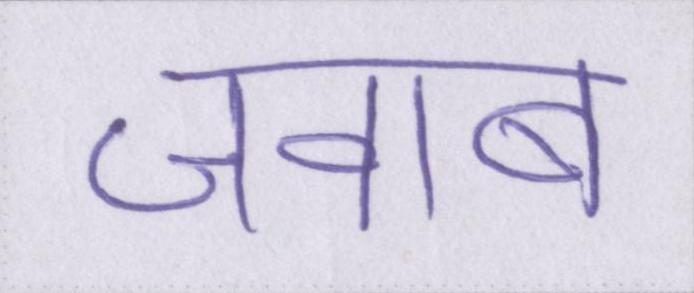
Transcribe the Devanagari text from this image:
जवाब